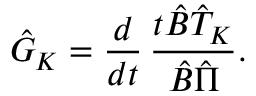
\hat { G } _ { K } = \frac { d } { d t } \, \frac { t \hat { B } \hat { T } _ { K } } { \hat { B } \hat { \Pi } } .